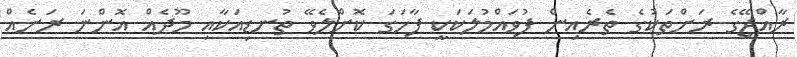
ރާއްޖޭގެ ރަށްތަކުގެ ތެރެއިން ފުވައްމުލަކަކީ ފާހަގަ ކޮށްލެވޭ ތުނޑިއަކާއި މޫދެއް އޮންނަ ރަށެއް